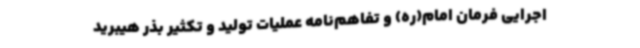
اجرایی فرمان امام(ره) و تفاهم‌نامه عملیات تولید و تکثیر بذر هیبرید